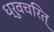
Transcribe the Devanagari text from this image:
ध्रुवचरित्